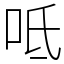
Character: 呧